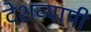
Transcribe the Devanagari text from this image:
देशव्‍यापी